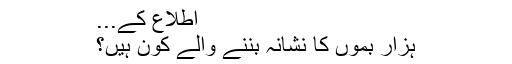
اطلاع کے...
ہزار بموں کا نشانہ بننے والے کون ہیں؟